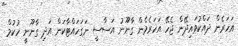
އަހަރެން ދައްކުވައިދޭން ޖެހޭ އަހަރެމެން ގާނޫނު އަސާސީ ނަގަހައްޓާކަން އަދި ގާނޫނީ ހުކުމް